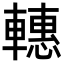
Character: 𨎥